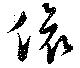
偯